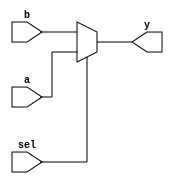
// Class: CSCI 401 Computer Architecture
// Term: Fall2023
//Name: Hector Alba


module mux(
    output wire [31:0] y,   // Output of Multiplexer
    input wire  [31:0] a,   // Input 1 of Multiplexer
                       b,   // Input 0 of Multiplexer
    input wire sel          // Select Input
);

    assign y = sel ? a : b;
endmodule // mux